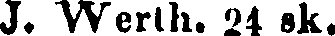
J. Werth. 24 sk.